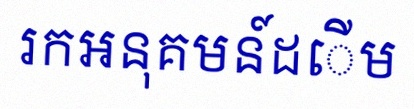
រកអនុគមន៍ដើម